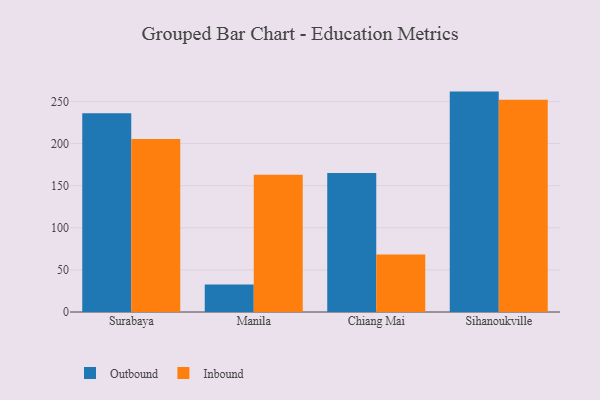
{"axis": {"x": "City", "y": "Inventory Turnover"}, "legend": ["Inbound", "Outbound"], "data": [{"x": "Surabaya", "y": 235.9, "type": "Outbound"}, {"x": "Surabaya", "y": 205.4, "type": "Inbound"}, {"x": "Manila", "y": 32.8, "type": "Outbound"}, {"x": "Manila", "y": 162.9, "type": "Inbound"}, {"x": "Chiang Mai", "y": 164.9, "type": "Outbound"}, {"x": "Chiang Mai", "y": 68.2, "type": "Inbound"}, {"x": "Sihanoukville", "y": 261.7, "type": "Outbound"}, {"x": "Sihanoukville", "y": 252.1, "type": "Inbound"}]}